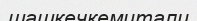
шашкечкемитали